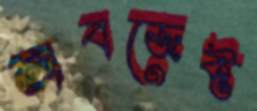
অবজেক্ট